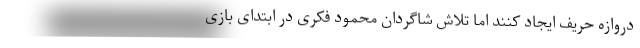
دروازه حریف ایجاد کنند اما تلاش شاگردان محمود فکری در ابتدای بازی